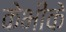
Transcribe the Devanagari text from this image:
केभीके